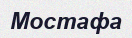
Мостафа